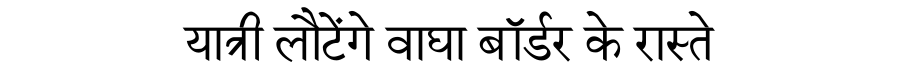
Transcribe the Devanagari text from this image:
यात्री लौटेंगे वाघा बॉर्डर के रास्ते